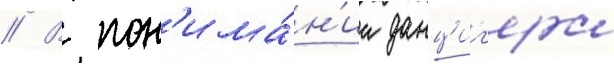
// В пон'има́н'ии данциг'ера